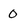
Character: 0